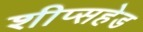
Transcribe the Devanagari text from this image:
शीप्सहेड